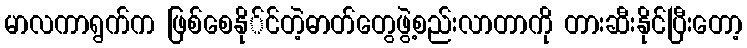
မာလကာရွက်က ဖြစ်စေနို်င်တဲ့ဓာတ်တွေဖွဲ့စည်းလာတာကို တားဆီးနိုင်ပြီးတော့